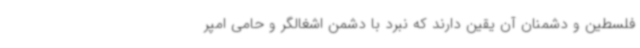
فلسطین و دشمنان آن یقین دارند که نبرد با دشمن اشغالگر و حامی امپر